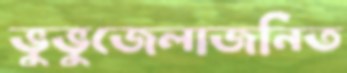
ভুভুজেলাজনিত